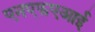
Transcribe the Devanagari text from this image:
एनएफएआई